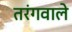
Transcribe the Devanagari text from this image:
तरंगवाले